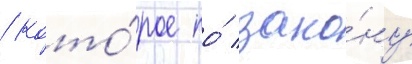
/ кото́рое по́ зако́ну